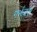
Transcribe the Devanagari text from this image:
गर्भजल